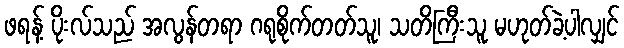
ဖရန့် ပိုးလ်သည် အလွန်တရာ ဂရုစိုက်တတ်သူ၊ သတိကြီးသူ မဟုတ်ခဲ့ပါလျှင်